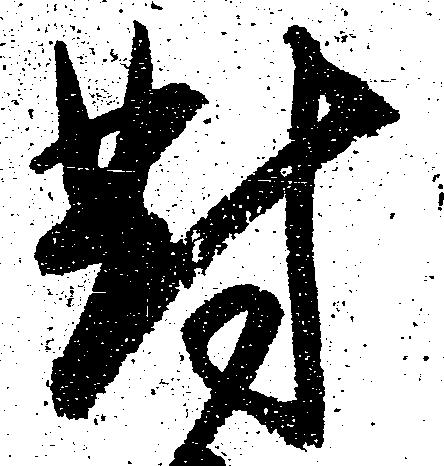
対